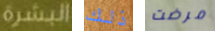
البشرة ذلك مرضت